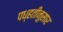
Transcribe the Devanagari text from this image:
पध्हतीनुसार